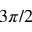
3 \pi / 2